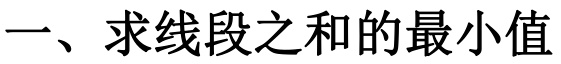
一、求线段之和的最小值